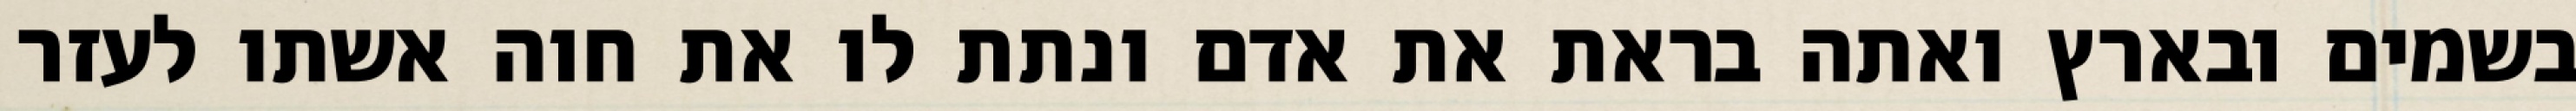
בשמים ובארץ ואתה בראת את אדם ונתת לו את חוה אשתו לעזר